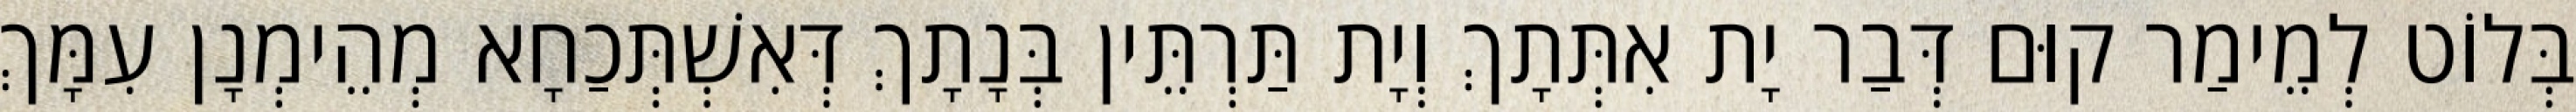
בְּלוֹט לְמֵימַר קוּם דְּבַר יָת אִתְּתָךְ וְיָת תַּרְתֵּין בְּנָתָךְ דְּאִשְׁתְּכַחָא מְהֵימְנָן עִמָּךְ